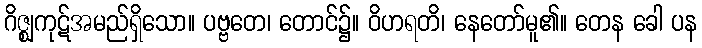
ဂိဇ္ဈကုဋ်အမည်ရှိသော။ ပဗ္ဗတေ၊ တောင်၌။ ဝိဟရတိ၊ နေတော်မူ၏။ တေန ခေါ ပန